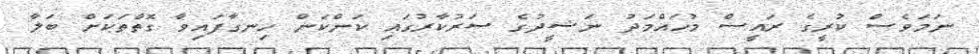
ނަމަވެސް ކުރީގެ ރައީސް މުހައްމަދު ނަޝީދުގެ ސަރުކާރުގައި ކަންކަން ހިނގާފައިވާ ގޮތްތަކަށް ބަލާ